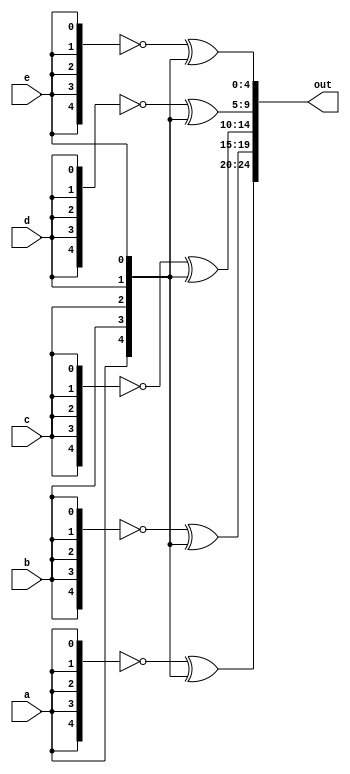
module top_module (
    input a, b, c, d, e,
    output [24:0] out );//

    // The output is XNOR of two vectors created by 
    // concatenating and replicating the five inputs.
    // assign out = ~{ ... } ^ { ... };

    assign out[24:20] = ~ {5{a}} ^ {a, b, c, d, e};
    assign out[19:15] = ~ {5{b}} ^ {a, b, c, d, e};
    assign out[14:10] = ~ {5{c}} ^ {a, b, c, d, e};
    assign out[9:5] = ~ {5{d}} ^ {a, b, c, d, e};
    assign out[4:0] = ~ {5{e}} ^ {a, b, c, d, e};

endmodule